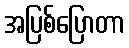
အပြစ်ပြောတာ